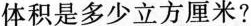
体积是多少立方厘米?